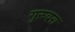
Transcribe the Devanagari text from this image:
गुरुवरा